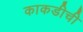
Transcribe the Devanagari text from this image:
काकडीची